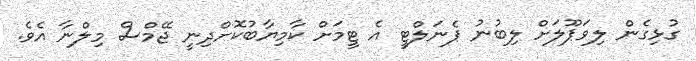
ގުޅިގެން ލިވަޕޫލަށް ލިބުނު ޕެނަލްޓީ އެ ޓީމަށް ކާމިޔާބުކޮށްދިނީ ޖޭމްސް މިލްނާ އެވެ.